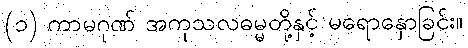
(၁) ကာမဂုဏ် အကုသလဓမ္မတို့နှင့် မရောနှောခြင်း။